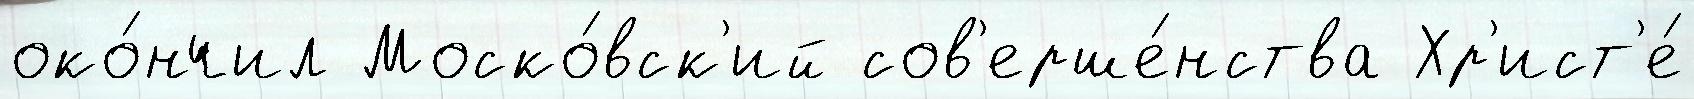
око́нчил Моско́вск'ий сов'ерше́нства Хр'ист'е́